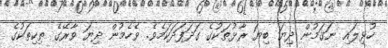
ހުޅިލައި ނަގަމުން ދިޔަ ބިޔަ ރާޅުތަކުގެ ގަދަފަދަކަމެވެ. ވެހެމުން ދިޔަ ވާރޭގެ ތިކިތަކުގެ